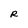
Character: R